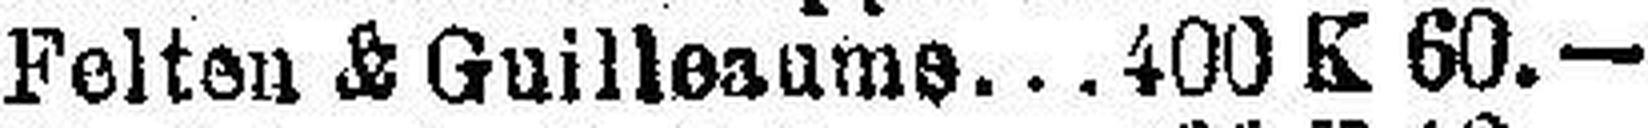
Felten & Guilleaume 400 K 60.—